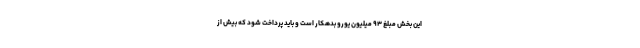
این بخش مبلغ ۹۳ میلیون یورو بدهکار است و باید پرداخت شود که بیش از